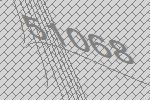
51068